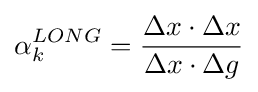
\alpha _{k}^{LONG}={\frac {\Delta x\cdot \Delta x}{\Delta x\cdot \Delta g}}